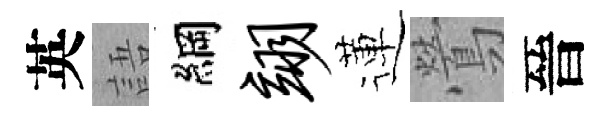
英語綱翊蓮鶯晉